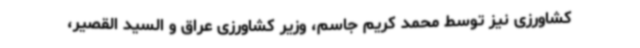
کشاورزی نیز توسط محمد کریم جاسم، وزیر کشاورزی عراق و السید القصیر،